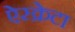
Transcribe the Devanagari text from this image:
ऐस्क्रेटा